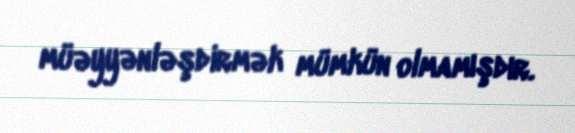
müəyyənləşdirmək mümkün olmamışdır.